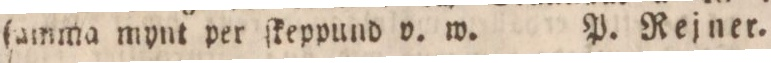
ſamma mynt per ſkeppund v. w.    P. Rejner.